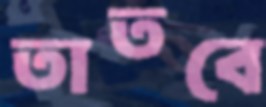
তাতবে